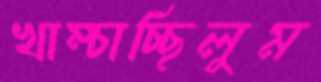
খাম্‌চাচ্ছিলুম